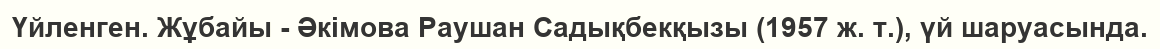
Үйленген. Жұбайы - Әкімова Раушан Садықбекқызы (1957 ж. т.), үй шаруасында.